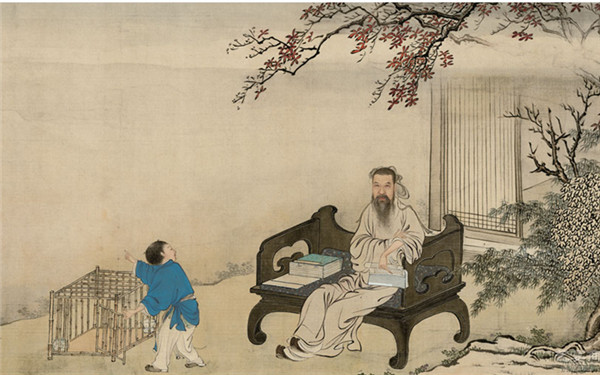
一年滴尽莲花漏。碧井酴酥沈冻酒。